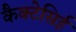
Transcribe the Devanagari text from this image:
कैक्टेसिई